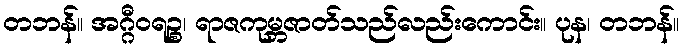
တဘန်။ အဂ္ဂီဝရဉ္စ၊ ရာဇကုမ္ဘဇာတ်သည်လည်းကောင်း။ ပုန၊ တဘန်။